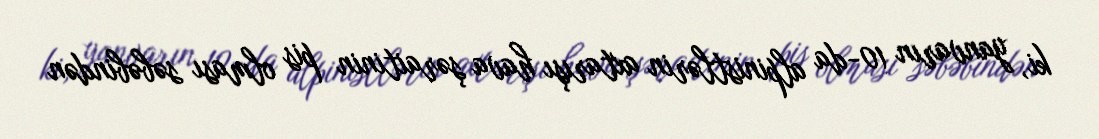
ki, yanvarın 10-da alpinistlərin axtarışı hava şəraitinin pis olması səbəbindən